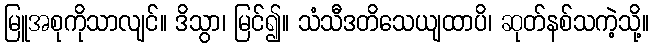
မြူအစုကိုသာလျင်။ ဒိသွာ၊ မြင်၍။ သံသီဒတိသေယျထာပိ၊ ဆုတ်နစ်သကဲ့သို့။